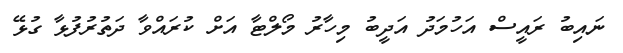
ނައިބު ރައީސް އަހުމަދު އަދީބު މިހާރު މޯލްޓާ އަށް ކުރައްވާ ދަތުރުފުޅާ ގުޅޭ